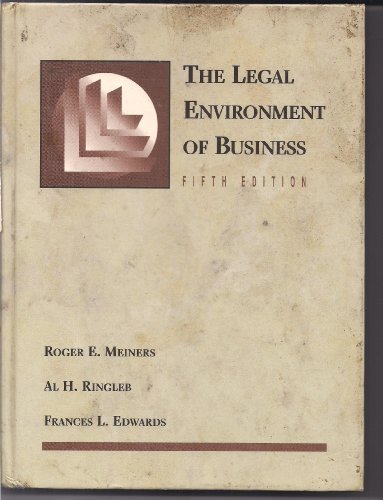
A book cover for The Legal Environment of Business; Roger E. Meiners; Law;